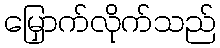
မြှောက်လိုက်သည်